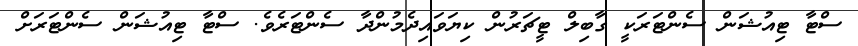
ސްޓާ ޓިއުޝަން ސެންޓަރަކީ ގާބިލް ޓީޗަރުން ކިޔަވައިދެމުންދާ ސެންޓަރެވެ. ސްޓާ ޓިއުޝަން ސެންޓަރަށް